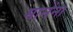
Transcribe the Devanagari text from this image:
मानेंना